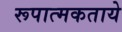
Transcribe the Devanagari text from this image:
रूपात्मकताये